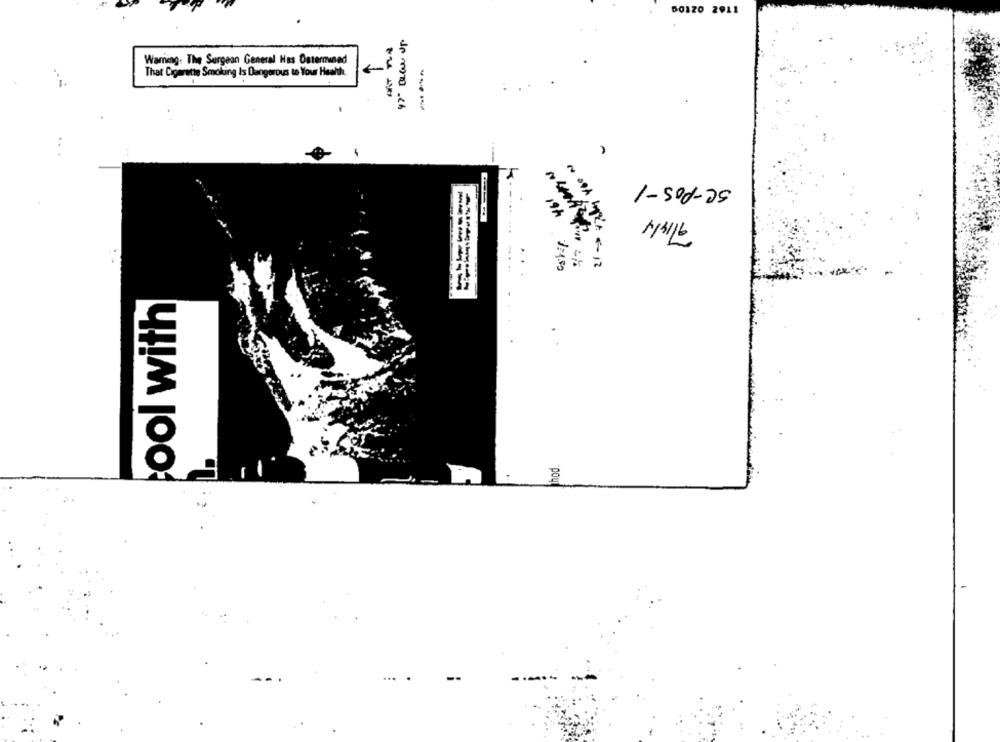
50120 2911
Wareng. The Surgeon General Has Omtermined
That Cigarette Smoking Is Dangerous to Your Health.
do mym .ch
---
SC-POS-1
19
9/1414
MILA - 12
...
ool with